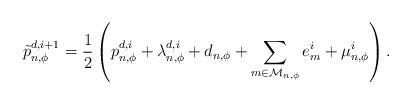
LaTeX: \begin{align*}\tilde{p}_{n,\phi}^{d,i+1}=\frac{1}{2} \left({p}_{n,\phi}^{d,i} + \lambda_{n,\phi}^{d,i} + d_{n,\phi}+\sum_{m \in \mathcal{M}_{n,\phi}} e_m^i + \mu_{n,\phi}^i\right).\end{align*}